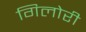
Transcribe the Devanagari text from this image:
गिलोरी